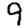
Digit: 9